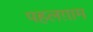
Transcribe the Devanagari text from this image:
पहलग़ाम